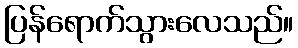
ပြန်ရောက်သွားလေသည်။